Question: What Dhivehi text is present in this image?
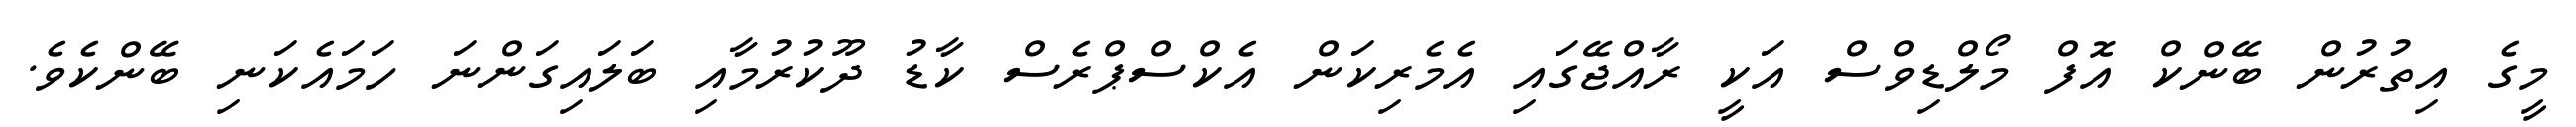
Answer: މީގެ އިތުރުން ބޭންކް އޮފް މޯލްޑިވްސް އަކީ ރާއްޖޭގައި އެމެރިކަން އެކްސްޕްރެސް ކާޑު ދޫކުރުމާއި ބަލައިގަންނަ ހަމައެކަނި ބޭންކެވެ.